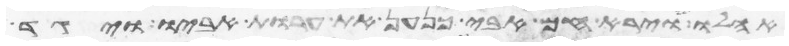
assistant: אהלו וירא חם אבי כנען את ערות אביו ויגד